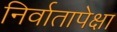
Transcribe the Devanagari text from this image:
निर्वातापेक्षा